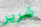
شرير